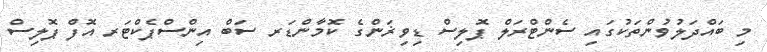
މި ބައްދަލުވުންތަކުގައި ސެންޓްރަލް ޕޮލިސް ޑިވިޜަންގެ ކޮމާންޑަރ ސަބް އިންސްޕެކްޓަރ އޮފް ޕޮލިސް